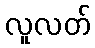
လူလတ်